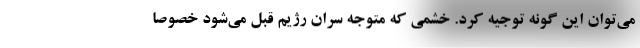
می‌توان این گونه توجیه کرد. خشمی که متوجه سران رژیم قبل می‌شود خصوصا